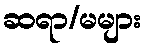
ဆရာ/မများ